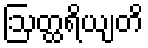
ဩတ္ထရိယျတိ